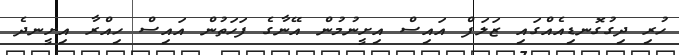
ހުރި ދިގުގޮނޑިއެއްގައި ޒަލަފް އައިސް އިށީނުމުން އޭނާގެ ފަހަތުން އައިސް ހިއްރާ އިށީނދެ